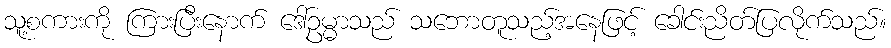
သူ့စကားကို ကြားပြီးနောက် ဒေါ်ဥမ္မာသည် သဘောတူသည့်အနေဖြင့် ခေါင်းညိတ်ပြလိုက်သည်။